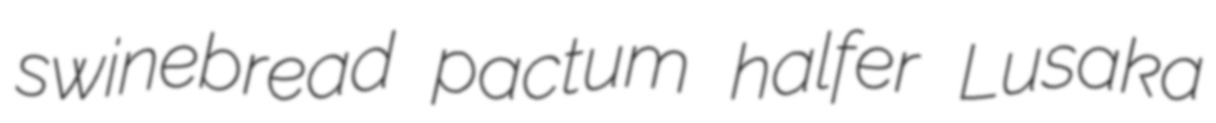
swinebread pactum halfer Lusaka